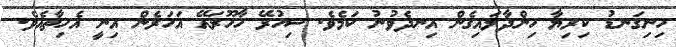
ހިނިގަނޑު ކިރިޔާ ހިންދާލައިގެން އިނދެވުނު ކަމެވެ. ސިހުރޭ ހާހޫރައޭ އަހަރެން އިނީ އެހިތާއެވެ.